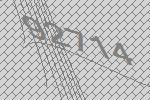
92714